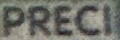
PRECI